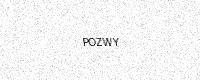
Text: POZWY